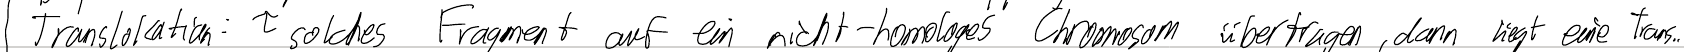
Translokation: solcher Fragment auf ein nicht-homologes Chromosom übertragen, dann liegt eine Trans..